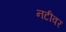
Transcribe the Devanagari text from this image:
नटीवर